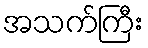
အသက်ကြီး